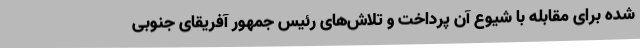
شده برای مقابله با شیوع آن پرداخت و تلاش‌های رئیس جمهور آفریقای جنوبی